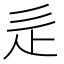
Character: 辵